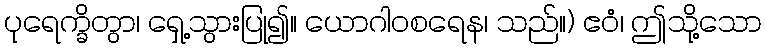
ပုရေက္ခိတွာ၊ ရှေ့သွားပြု၍။ ယောဂါဝစရေန၊ သည်။) ဧဝံ၊ ဤသို့သော